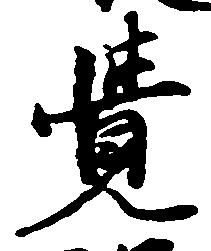
覚